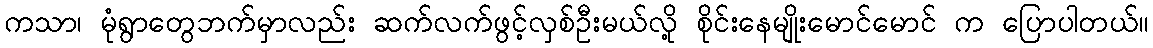
ကသာ၊ မုံရွာတွေဘက်မှာလည်း ဆက်လက်ဖွင့်လှစ်ဦးမယ်လို့ စိုင်းနေမျိုးမောင်မောင် က ပြောပါတယ်။